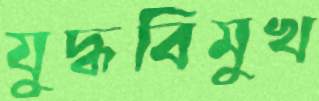
যুদ্ধবিমুখ